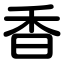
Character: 香